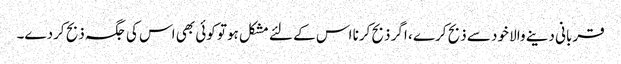
قربانی دینے والا خود سے ذبح کرے ، اگر ذبح کرنا اس کے لئے مشکل ہوتو کوئی بھی اس کی جگہ ذبح کردے۔